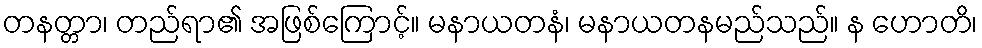
တနတ္တာ၊ တည်ရာ၏ အဖြစ်ကြောင့်။ မနာယတနံ၊ မနာယတနမည်သည်။ န ဟောတိ၊